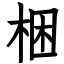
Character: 梱